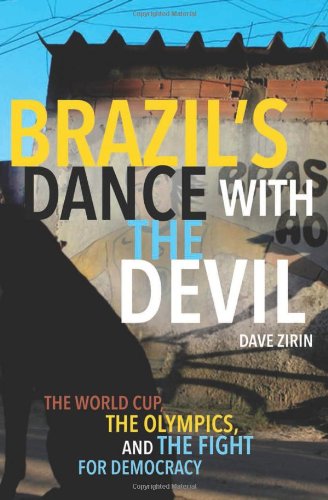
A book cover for Brazil's Dance with the Devil: The World Cup, The Olympics, and the Struggle for Democracy; Dave Zirin; Sports & Outdoors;